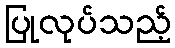
ပြုလုပ်သည့်